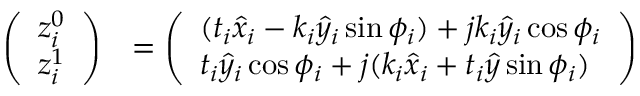
\begin{array} { r l } { \left( \begin{array} { l } { z _ { i } ^ { 0 } } \\ { z _ { i } ^ { 1 } } \end{array} \right) } & { = \left( \begin{array} { l } { ( t _ { i } \hat { x } _ { i } - k _ { i } \hat { y } _ { i } \sin \phi _ { i } ) + j k _ { i } \hat { y } _ { i } \cos \phi _ { i } } \\ { t _ { i } \hat { y } _ { i } \cos \phi _ { i } + j ( k _ { i } \hat { x } _ { i } + t _ { i } \hat { y } \sin \phi _ { i } ) } \end{array} \right) } \end{array}